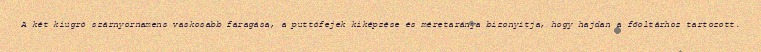
A két kiugró szárnyornamens vaskosabb faragása, a puttófejek kiképzése és méretaránya bizonyítja, hogy hajdan a főoltárhoz tartozott.